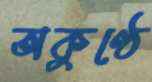
অকুণ্ঠে